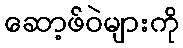
ဆော့ဖ်ဝဲများကို